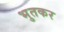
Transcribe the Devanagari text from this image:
भुतकर